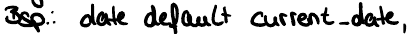
Bsp.: date default current_date